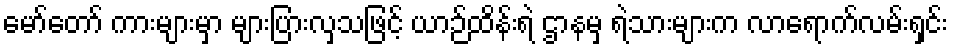
မော်တော် ကားများမှာ များပြားလှသဖြင့် ယာဉ်ထိန်းရဲ ဌာနမှ ရဲသားများက လာရောက်လမ်းရှင်း